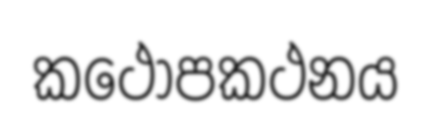
කථෝපකථනය